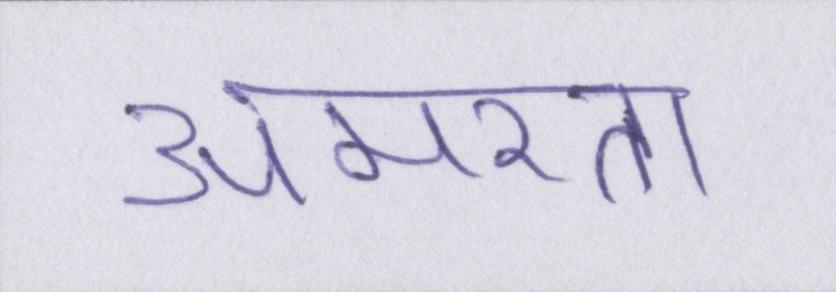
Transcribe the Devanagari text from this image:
अमरता